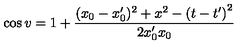
\cos v = 1 + \frac { ( x _ { 0 } - x _ { 0 } ^ { \prime } ) ^ { 2 } + x ^ { 2 } - \left( t - t ^ { \prime } \right) ^ { 2 } } { 2 x _ { 0 } ^ { \prime } x _ { 0 } }